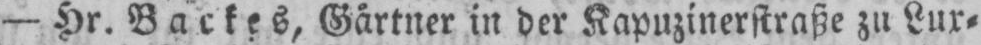
- Hr. Backes, Gärtner in der Kapuzinerstraße zu Lux⸗